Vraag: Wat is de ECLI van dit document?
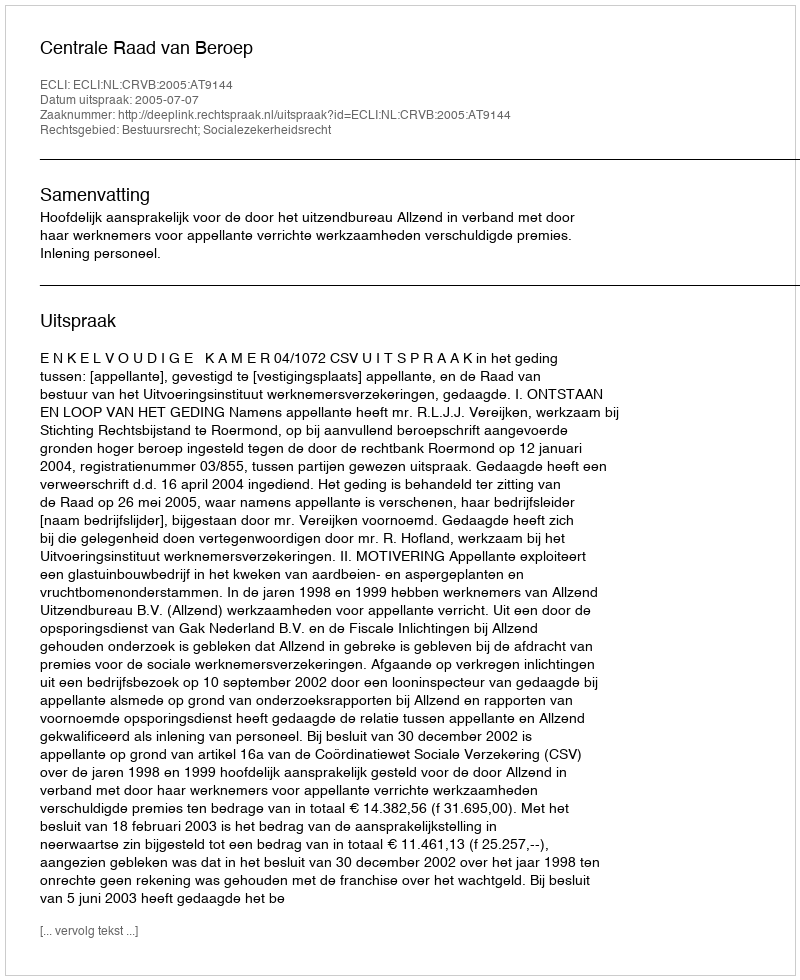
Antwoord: ECLI:NL:CRVB:2005:AT9144